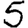
Digit: 5